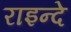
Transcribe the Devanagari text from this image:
राइन्दे